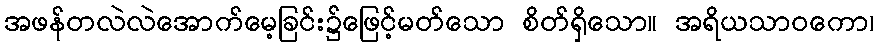
အဖန်တလဲလဲအောက်မေ့ခြင်း၌ဖြေင့်မတ်သော စိတ်ရှိသော။ အရိယသာဝကော၊